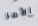
الأمر